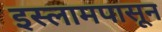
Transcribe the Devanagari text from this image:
इस्लामपासून